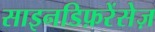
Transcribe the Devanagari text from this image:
साइनडिफ़रेंसेज़